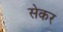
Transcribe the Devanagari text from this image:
सेकर